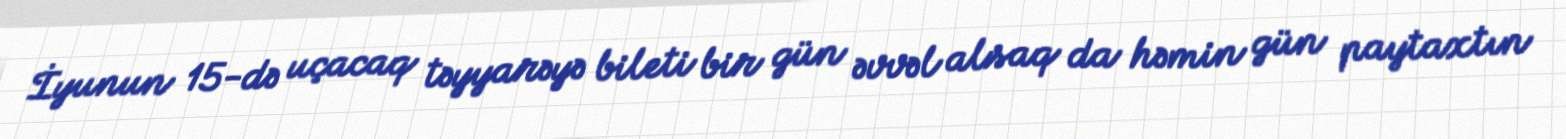
İyunun 15-də uçacaq təyyarəyə bileti bir gün əvvəl alsaq da həmin gün paytaxtın